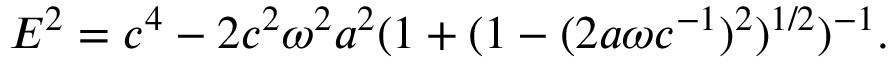
E ^ { 2 } = c ^ { 4 } - 2 c ^ { 2 } \omega ^ { 2 } a ^ { 2 } ( 1 + ( 1 - ( 2 a \omega c ^ { - 1 } ) ^ { 2 } ) ^ { 1 / 2 } ) ^ { - 1 } .